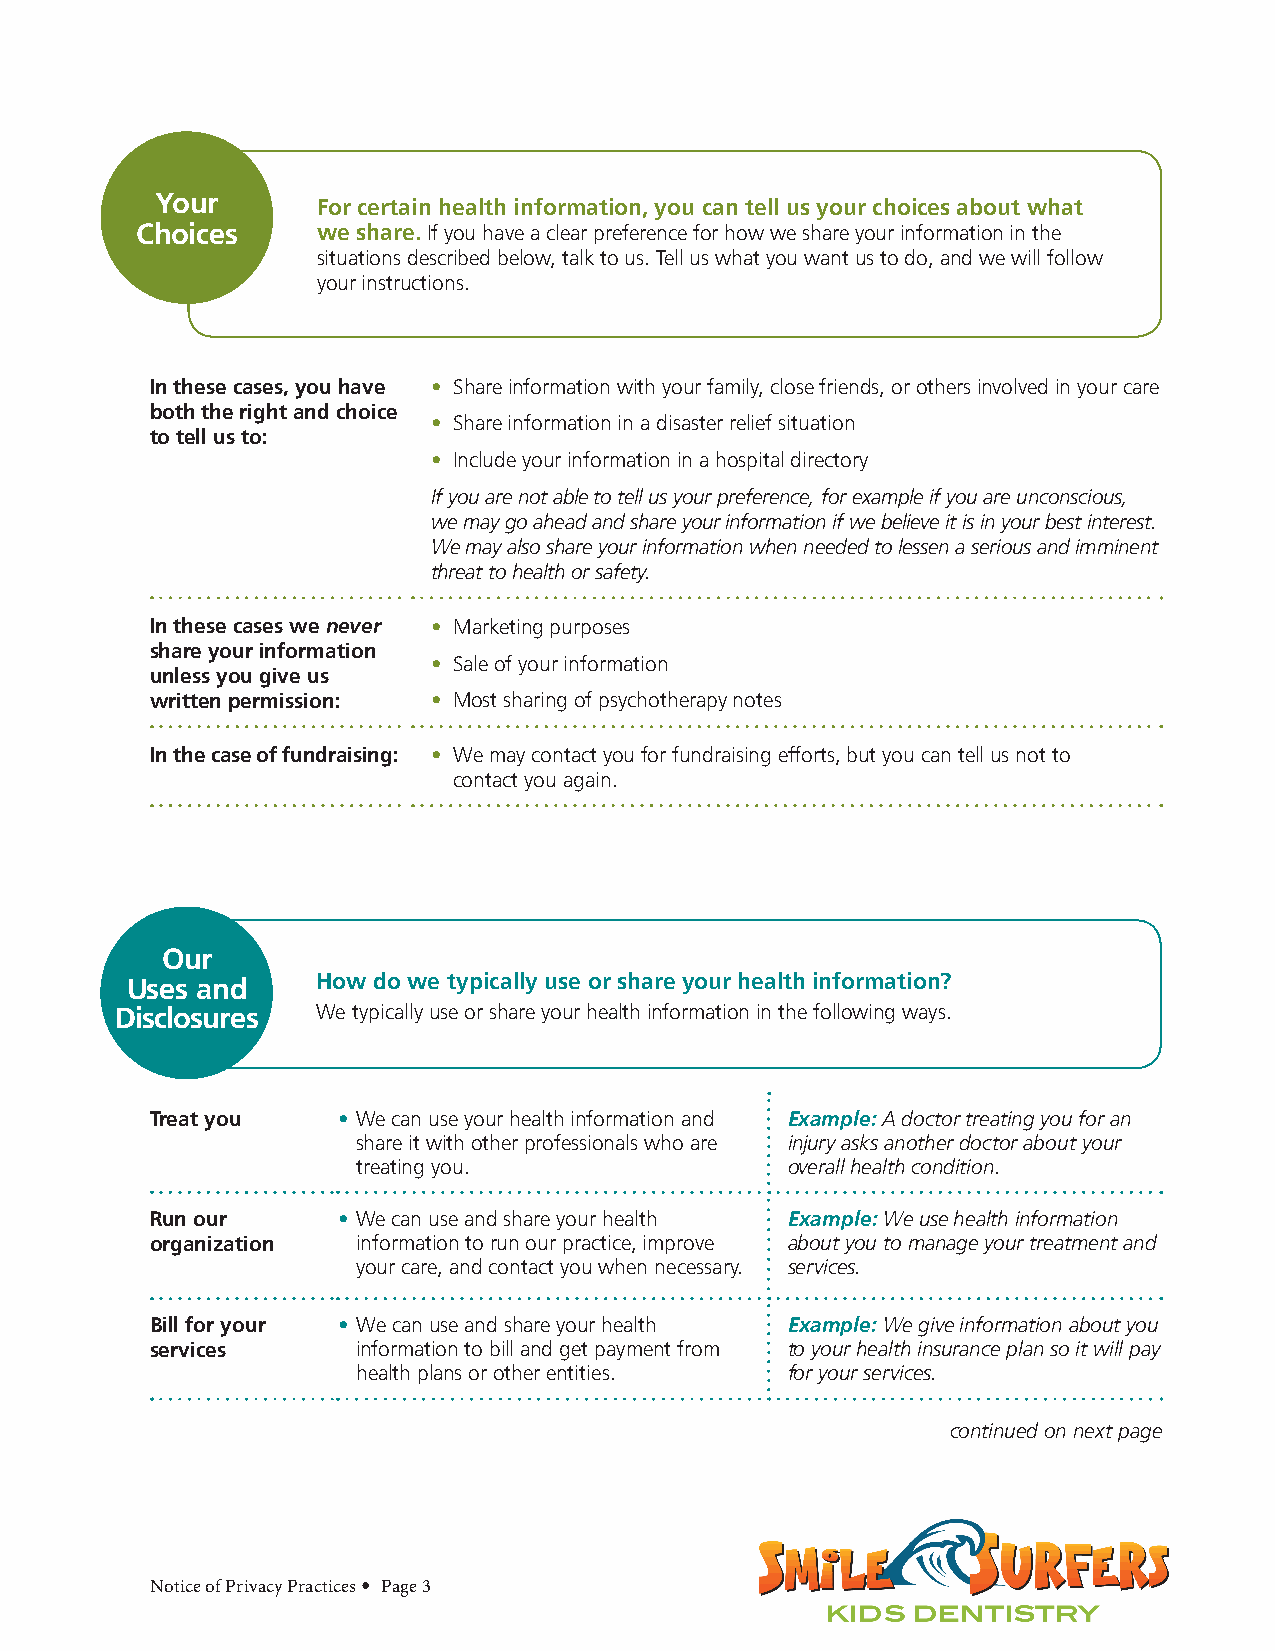
Your
 For certain health information, you can tell us your choices about what
 Choices     we share. If you have a clear preference for how we share your information in the
 situations described below, talk to us. Tell us what you want us to do, and we will follow
 your instructions.
 In these cases, you have • Share information with your family, close friends, or others involved in your care
 both the right and choice
 • Share information in a disaster relief situation
 to tell us to:
 • Include your information in a hospital directory
 If you are not able to tell us your preference, for example if you are unconscious,
 we may go ahead and share your information if we believe it is in your best interest.
 We may also share your information when needed to lessen a serious and imminent
 threat to health or safety.
 In these cases we never • Marketing purposes
 share your information
 • Sale of your information
 unless you give us
 written permission: • Most sharing of psychotherapy notes
 In the case of fundraising: • We may contact you for fundraising efforts, but you can tell us not to
 contact you again.
 Our
 Uses and     How do we typically use or share your health information?
 Disclosures  We typically use or share your health information in the following ways.
 Treat you   • We can use your health information and Example: A doctor treating you for an
 share it with other professionals who are injury asks another doctor about your
 treating you.               overall health condition.
 Run our     • We can use and share your health Example: We use health information
 organization  information to run our practice, improve about you to manage your treatment and
 your care, and contact you when necessary. services.
 Bill for your • We can use and share your health Example: We give information about you
 services      information to bill and get payment from to your health insurance plan so it will pay
 health plans or other entities. for your services.
 continued on next page
 Notice of Privacy Practices • Page 3